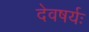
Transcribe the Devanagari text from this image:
देवषर्यः